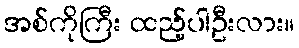
အစ်ကိုကြီး ထည့်ပါဦးလား။